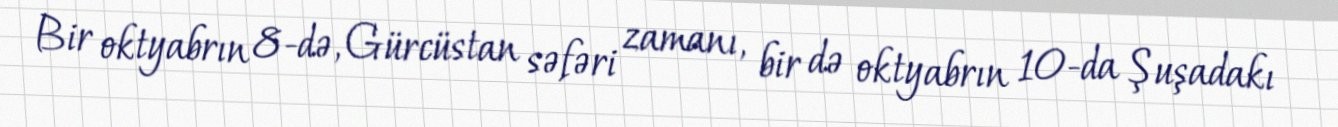
Bir oktyabrın 8-də, Gürcüstan səfəri zamanı, bir də oktyabrın 10-da Şuşadakı